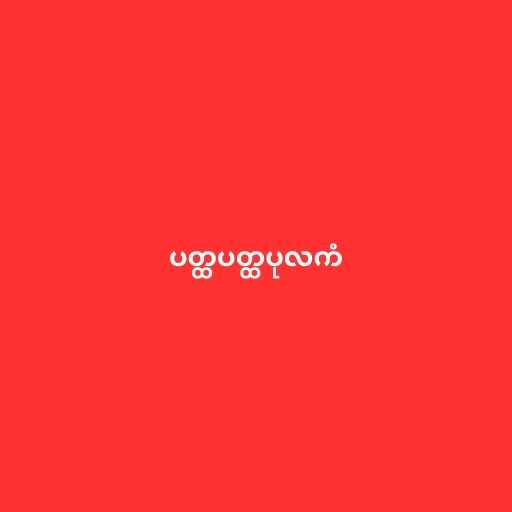
ပတ္ထပတ္ထပုလကံ